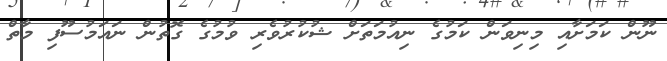
ނޫން ކަމަށާއި މިނިވަން ކަމުގެ ނިއުމަތަށް ޝުކުރުވެރި ވުމުގެ ގޮތުން ނައަމުސޫފި މާތް